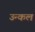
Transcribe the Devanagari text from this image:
उन्कल